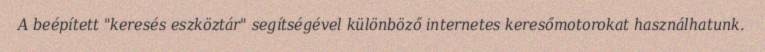
A beépített "keresés eszköztár" segítségével különböző internetes keresőmotorokat használhatunk.